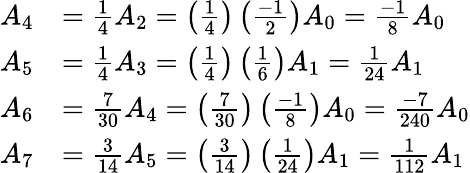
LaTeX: {\begin{array}{rl}{A_{4}}&{={\frac{1}{4}}A_{2}=\left({\frac{1}{4}}\right)\left({\frac{-1}{2}}\right)A_{0}={\frac{-1}{8}}A_{0}}\\ {A_{5}}&{={\frac{1}{4}}A_{3}=\left({\frac{1}{4}}\right)\left({\frac{1}{6}}\right)A_{1}={\frac{1}{24}}A_{1}}\\ {A_{6}}&{={\frac{7}{30}}A_{4}=\left({\frac{7}{30}}\right)\left({\frac{-1}{8}}\right)A_{0}={\frac{-7}{240}}A_{0}}\\ {A_{7}}&{={\frac{3}{14}}A_{5}=\left({\frac{3}{14}}\right)\left({\frac{1}{24}}\right)A_{1}={\frac{1}{112}}A_{1}}\end{array}}